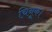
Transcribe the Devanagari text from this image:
चिनूक।